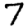
Digit: 7